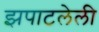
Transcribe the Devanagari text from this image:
झपाटलेली